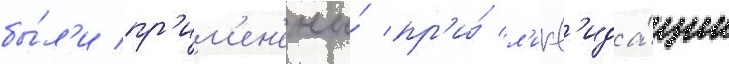
бы́л'и пр'им'ен'ены́ пр'и́ л'икв'ида́ции